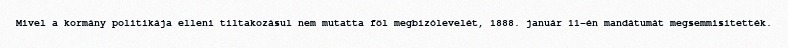
Mivel a kormány politikája elleni tiltakozásul nem mutatta föl megbízólevelét, 1888. január 11-én mandátumát megsemmisítették.